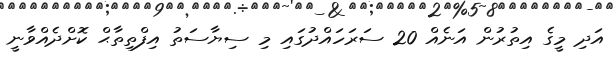
އަދި މީގެ އިތުރުން އަނެއް 20 ސަރަހައްދުގައި މި ސިޔާސަތު އިފްތިތާޙް ކޮށްދެއްވާނީ